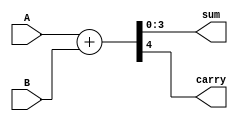
//==============================================
//==============================================				
//----------------------------------------------
//												
//	Module Name		:	Adder_4bit					
//	Release version	:	v1.0					
//												
//----------------------------------------------								
//----------------------------------------------											
//	Input	:   A,
//				B,												
//	Output	:	Output,					
//==============================================
//==============================================
module Adder_4bit(
    //Input Port
	A,	
	B,
    //Output Port
	sum,carry
    );

//---------------------------------------------------------------------
//   PORT DECLARATION
//---------------------------------------------------------------------
input [3:0]A;
input [3:0]B;

output wire [3:0]sum;
output wire carry;


assign {carry,sum} = A + B;


endmodule